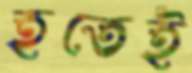
হতেই